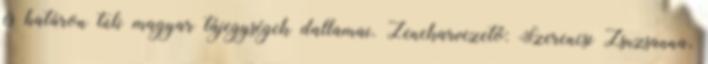
és határon túli magyar tájegységek dallamai. Zenekarvezető: Szerencsi Zsuzsanna,